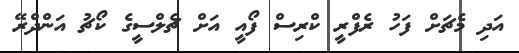
އަދި މެޗަށް ފަހު ރެފްރީ ކްރިސް ފޯއީ އަށް ޗެލްސީގެ ކޯޗު އަންދްރޭ